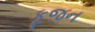
કૂજન